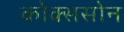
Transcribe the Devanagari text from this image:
कोक्ससोन